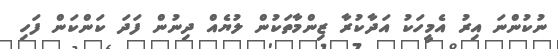
ނުކުންނަ އިރު އެމީހަކު އަދާކުރާ ޒިންމާތަކުން ލުޔެއް ދިނުން ފަދަ ކަންކަން ފަހި